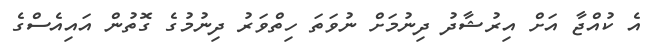
އެ ކުއްޖާ އަށް އިރުޝާދު ދިނުމަށް ނުވަތަ ހިތްވަރު ދިނުމުގެ ގޮތުން އައިއެސްގެ